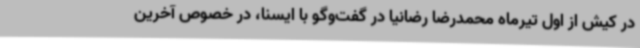
در کیش از اول تیرماه محمدرضا رضانیا در گفت‌وگو با ایسنا، در خصوص آخرین